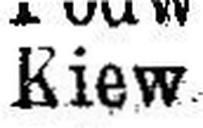
Kiew